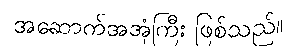
အဆောက်အအုံကြီး ဖြစ်သည်။